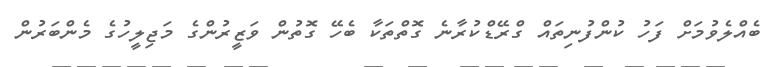
ބެއްލެވުމަށް ފަހު ކުންފުނިތައް ގްރޭޑްކުރާނެ ގޮތްތަކާ ބެހޭ ގޮތުން ވަޒީރުންގެ މަޖިލީހުގެ މެންބަރުން